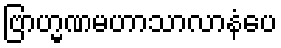
ဗြာဟ္မဏမဟာသာလာနံပေ